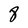
Character: 8